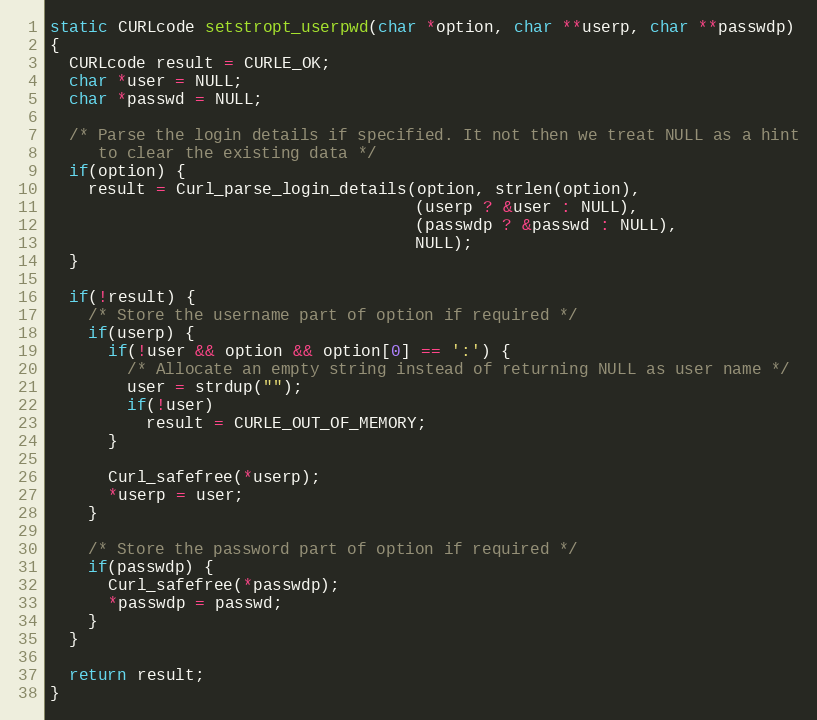
Language: C
static CURLcode setstropt_userpwd(char *option, char **userp, char **passwdp)
{
  CURLcode result = CURLE_OK;
  char *user = NULL;
  char *passwd = NULL;

  /* Parse the login details if specified. It not then we treat NULL as a hint
     to clear the existing data */
  if(option) {
    result = Curl_parse_login_details(option, strlen(option),
                                      (userp ? &user : NULL),
                                      (passwdp ? &passwd : NULL),
                                      NULL);
  }

  if(!result) {
    /* Store the username part of option if required */
    if(userp) {
      if(!user && option && option[0] == ':') {
        /* Allocate an empty string instead of returning NULL as user name */
        user = strdup("");
        if(!user)
          result = CURLE_OUT_OF_MEMORY;
      }

      Curl_safefree(*userp);
      *userp = user;
    }

    /* Store the password part of option if required */
    if(passwdp) {
      Curl_safefree(*passwdp);
      *passwdp = passwd;
    }
  }

  return result;
}